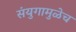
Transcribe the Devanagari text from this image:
संयुगामुळेच